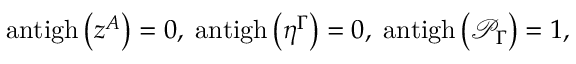
\mathrm { a n t i g h } \left( z ^ { A } \right) = 0 , \; \mathrm { a n t i g h } \left( \eta ^ { \Gamma } \right) = 0 , \; \mathrm { a n t i g h } \left( \mathcal { P } _ { \Gamma } \right) = 1 ,